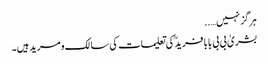
ہرگز نہیں…..
بشریٰ بی بی بابا فریدؒ کی تعلیمات کی سالک و مرید ہیں۔